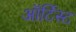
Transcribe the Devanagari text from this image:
ऑर्टिस्ट